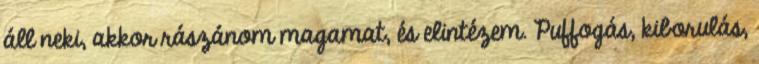
áll neki, akkor rászánom magamat, és elintézem. Puffogás, kiborulás,